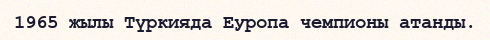
1965 жылы Түркияда Еуропа чемпионы атанды.